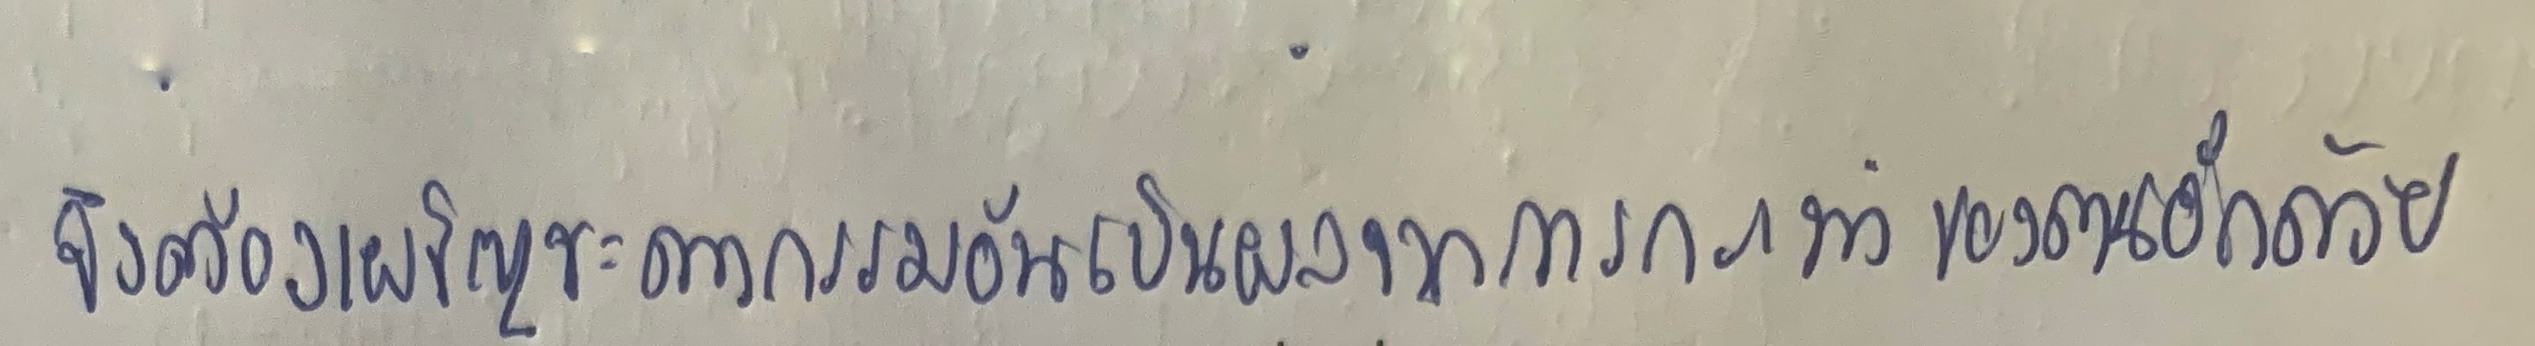
จึงต้องเผชิญชะตากรรมอันเป็นผลจากการกระทำของตนอีกด้วย